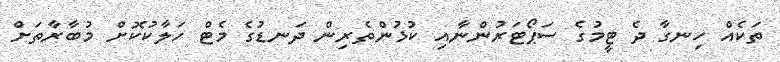
ތަކެއް ހިނގާ ދެ ޓީމުގެ ސަޕޯޓަރުންނާއި ކުޅުންތެރިން ދަނޑުގެ މެޓް ހަލާކުކޮށް މުބާރާތަށް